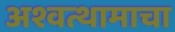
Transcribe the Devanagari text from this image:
अश्वत्थामाचा